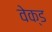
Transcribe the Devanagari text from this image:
वेक्ड